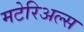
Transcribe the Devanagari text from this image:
मटेरिअल्स